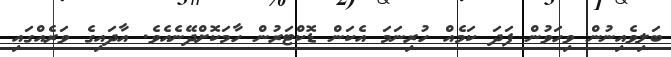
ބަލިވެއިނުން ވިހަވުން ފަދަ ކަމެއް ހުރިނަމަ އެކަން ޑޮކްޓަރުން ހާމަކޮށްދޭނެއެވެ. އާދައިގެ ވަރެއްގައި